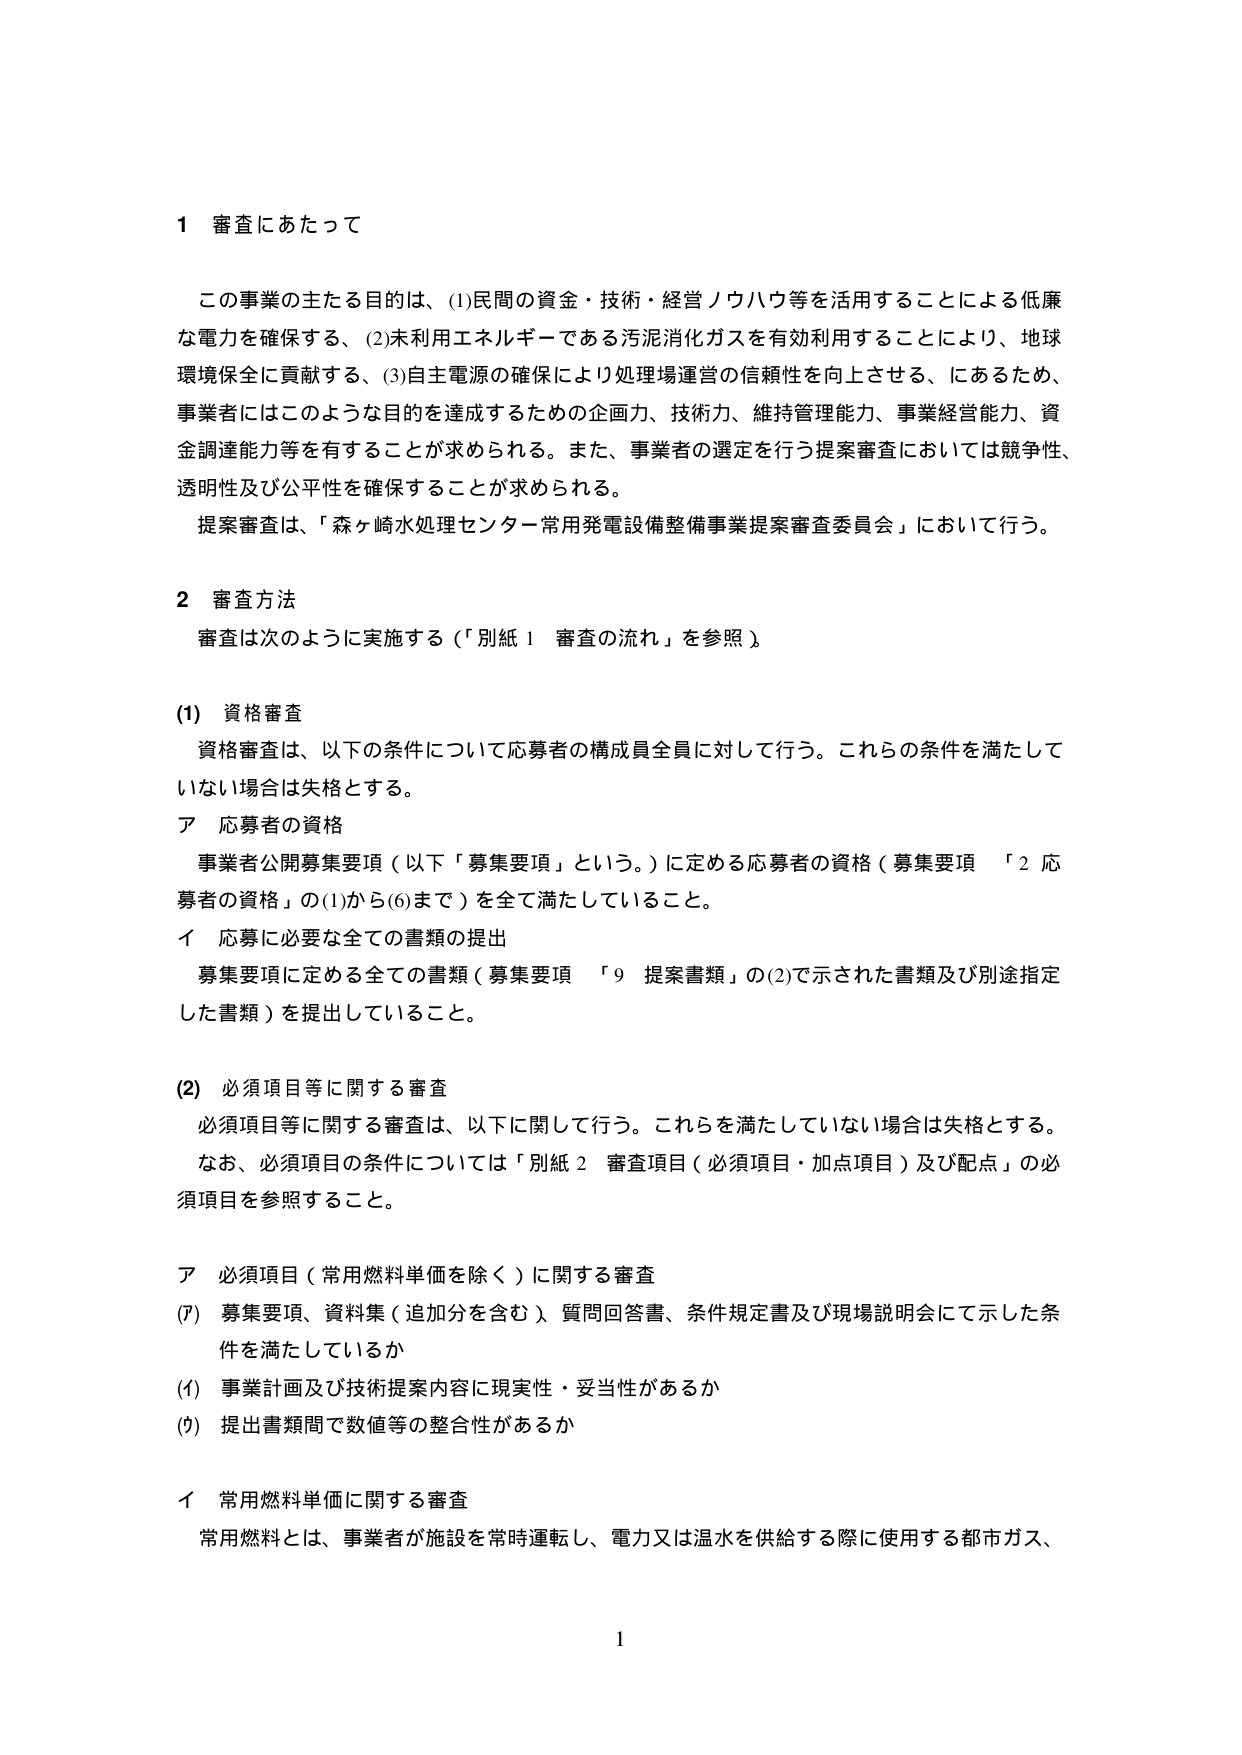
1 審査にあたって

この事業の主たる目的は、(1)民間の資金・技術・経営ノウハウ等を活用することによる低廉な電力を確保する、(2)未利用エネルギーである汚泥消化ガスを有効利用することにより、地球環境保全に貢献する、(3)自主電源の確保により処理場運営の信頼性を向上させる、にあるため、事業者にはこのような目的を達成するための企画力、技術力、維持管理能力、事業経営能力、資金調達能力等を有することが求められる。また、事業者の選定を行う提案審査においては競争性、透明性及び公平性を確保することが求められる。

提案審査は、「森ヶ崎水処理センター常用発電設備整備事業提案審査委員会」において行う。

2 審査方法

審査は次のように実施する（「別紙1 審査の流れ」を参照）。

(1) 資格審査

資格審査は、以下の条件について応募者の構成員全員に対して行う。これらの条件を満たしていない場合は失格とする。

ア 応募者の資格

事業者公開募集要項（以下「募集要項」という。）に定める応募者の資格（募集要項 「2 応募者の資格」の(1)から(6)まで）を全て満たしていること。

イ 応募に必要な全ての書類の提出

募集要項に定める全ての書類（募集要項 「9 提案書類」の(2)で示された書類及び別途指定した書類）を提出していること。

(2) 必須項目等に関する審査

必須項目等に関する審査は、以下に関して行う。これらを満たしていない場合は失格とする。

なお、必須項目の条件については「別紙2 審査項目（必須項目・加点項目）及び配点」の必須項目を参照すること。

ア 必須項目（常用燃料単価を除く）に関する審査

(ア) 募集要項、資料集（追加分を含む）、質問回答書、条件規定書及び現場説明会にて示した条件を満たしているか

(イ) 事業計画及び技術提案内容に現実性・妥当性があるか

(ウ) 提出書類間で数値等の整合性があるか

イ 常用燃料単価に関する審査

常用燃料とは、事業者が施設を常時運転し、電力又は温水を供給する際に使用する都市ガス、